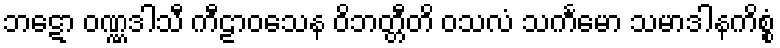
ဘဋော ဝဏ္ဏဒါသီ ကီဠာဝသေန ဝိဘတ္တီတိ ဝသလံ သင်္ကမော သမာဒါနကိစ္စံ